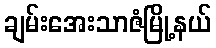
ချမ်းအေးသာဇံမြို့နယ်